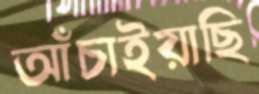
আঁচাইয়াছি